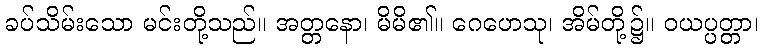
ခပ်သိမ်းသော မင်းတို့သည်။ အတ္တနော၊ မိမိ၏။ ဂေဟေသု၊ အိမ်တို့၌။ ဝယပ္ပတ္တာ၊